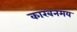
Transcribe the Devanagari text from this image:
कारबनमय